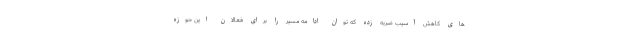
های کاهش آسیب ضربه زده که توان ادامه مسیر را برای فعالان این حوزه